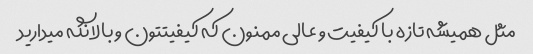
مثل همیشه تازه با کیفیت و عالی ممنون که کیفیتتون و بالا نگه میدارید